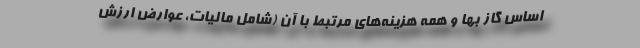
اساس گاز بها و همه هزینه‌های مرتبط با آن (شامل مالیات، عوارض ارزش